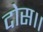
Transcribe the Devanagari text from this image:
दोस।।